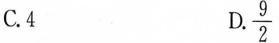
C.4 D.\frac{9}{2}